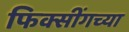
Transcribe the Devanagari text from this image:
फिक्सींगच्या